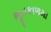
ભૂતકાળમા